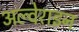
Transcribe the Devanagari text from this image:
अल्वेराइन